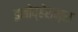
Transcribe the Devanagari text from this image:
इनोव्हेशन्स